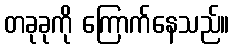
တခုခုကို ကြောက်နေသည်။